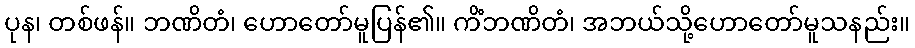
ပုန၊ တစ်ဖန်။ ဘဏိတံ၊ ဟောတော်မူပြန်၏။ ကိံဘဏိတံ၊ အဘယ်သို့ဟောတော်မူသနည်း။